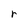
Character: r